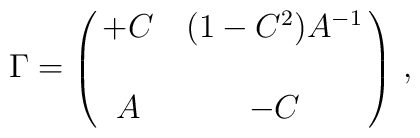
\Gamma = \pmatrix{+C&(1- C^2) A^{-1}\cr\cr                A &- C}\, ,